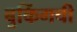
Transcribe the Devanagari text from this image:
बुकिंगची